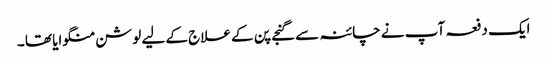
ایک دفعہ آپ نے چائنہ سے گنجے پن کے علاج کے لیے لوشن منگوایا تھا ۔